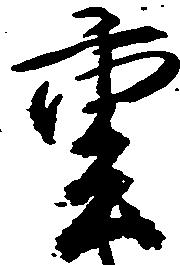
重